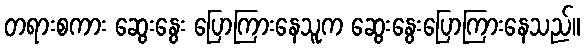
တရားစကား ဆွေးနွေး ပြောကြားနေသူက ဆွေးနွေးပြောကြားနေသည်။